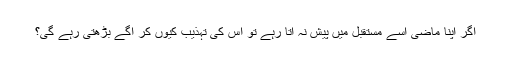
اگر اپنا ماضی اسے مستقبل میں پیش نہ آتا رہے تو اس کی تہذیب کیوں کر آگے بڑھتی رہے گی؟